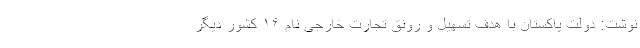
نوشت: دولت پاکستان با هدف تسهیل و رونق تجارت خارجی نام ١۶ کشور دیگر